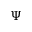
\Psi